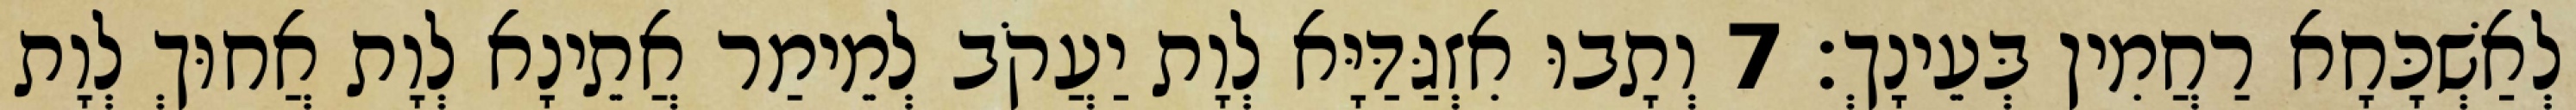
לְאַשְׁכָּחָא רַחֲמִין בְּעֵינָךְ׃ 7 וְתָבוּ אִזְגַּדַּיָּא לְוָת יַעֲקֹב לְמֵימַר אֲתֵינָא לְוָת אֲחוּךְ לְוָת